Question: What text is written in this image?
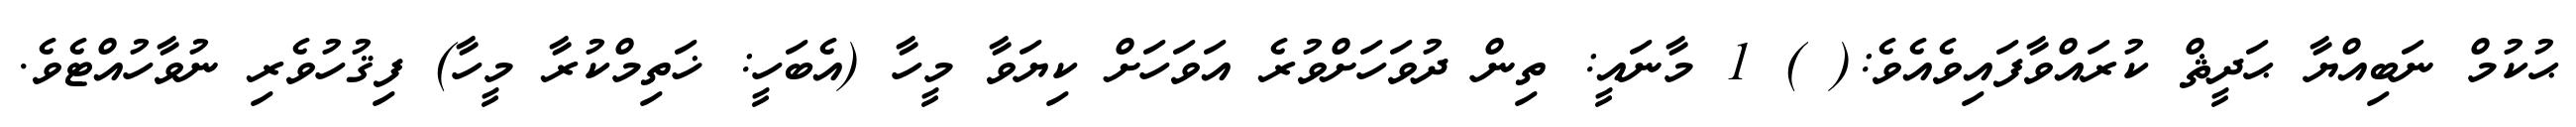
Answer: ޙުކުމް ނަބިއްޔާ ޙަދީޘް ކުރައްވާފައިވެއެވެ:( ) 1 މާނައީ: ތިން ދުވަހަށްވުރެ އަވަހަށް ކިޔަވާ މީހާ (އެބަހީ: ޚަތިމްކުރާ މީހާ) ފިޤުހުވެރި ނުވާހުއްޓެވެ.